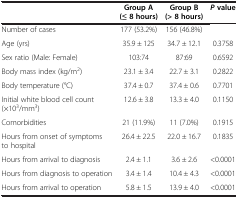
|  | Group A (≤ 8 hours) | Group B (> 8 hours) | P value |
 | --- | --- | --- | --- |
 | Number of cases | 177 (53.2%) | 156 (46.8%) |  |
 | Age (yrs) | 35.9 ± 125 | 34.7 ± 12.1 | 0.3758 |
 | Sex ratio (Male: Female) | 103:74 | 87:69 | 0.6592 |
 | Body mass index (kg/m2) | 23.1 ± 3.4 | 22.7 ± 3.1 | 0.2822 |
 | Body temperature (°C) | 37.4 ± 0.7 | 37.4 ± 0.6 | 0.7701 |
 | Initial white blood cell count (×103/mm3) | 12.6 ± 3.8 | 13.3 ± 4.0 | 0.1150 |
 | Comorbidities | 21 (11.9%) | 11 (7.0%) | 0.1915 |
 | Hours from onset of symptoms to hospital | 26.4 ± 22.5 | 22.0 ± 16.7 | 0.1835 |
 | Hours from arrival to diagnosis | 2.4 ± 1.1 | 3.6 ± 2.6 | <0.0001 |
 | Hours from diagnosis to operation | 3.4 ± 1.4 | 10.4 ± 4.3 | <0.0001 |
 | Hours from arrival to operation | 5.8 ± 1.5 | 13.9 ± 4.0 | <0.0001 |